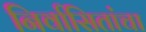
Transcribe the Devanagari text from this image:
निर्वासितांचा